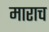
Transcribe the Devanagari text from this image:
माराच